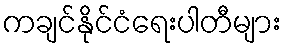
ကချင်နိုင်ငံရေးပါတီများ